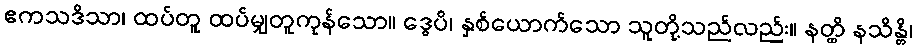
ဧကသဒိသာ၊ ထပ်တူ ထပ်မျှတူကုန်သော။ ဒွေပိ၊ နှစ်ယောက်သော သူတို့သည်လည်း။ နတ္ထိ နသိန္တိ၊